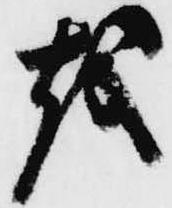
越